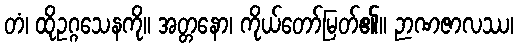
တံ၊ ထိုဥဂ္ဂသေနကို။ အတ္တနော၊ ကိုယ်တော်မြတ်၏။ ဉာဏဇာလဿ၊